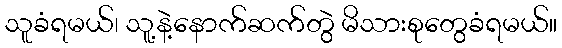
သူခံရမယ်၊ သူ့နဲ့နောက်ဆက်တွဲ မိသားစုတွေခံရမယ်။